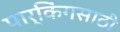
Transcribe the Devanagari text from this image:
पार्किंगसाठी